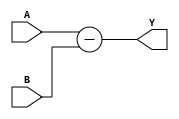
module BehavioralSubtractor(
    input [7:0] A,
    input [7:0] B,
    output reg [7:0] Y
);

always @(*) begin
    Y = A - B;
end

endmodule